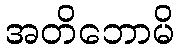
အတိဘောမိ